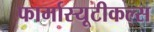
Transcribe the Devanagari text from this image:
फार्मास्यूटीकल्स